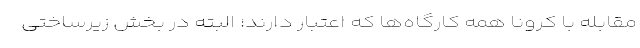
مقابله با کرونا همه کارگاه‌ها که اعتبار دارند؛ البته در بخش زیرساختی